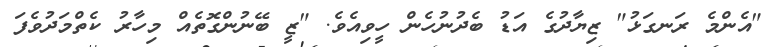
"އެންމެ ރަނގަޅު" ޒިޔާދުގެ އަޑު ބެދުނުހެން ހީވިއެވެ. "ޒީ ބޭނުންގޮތެއް މިހާރު ކެތްމަދުވެފަ